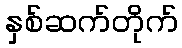
နှစ်ဆက်တိုက်